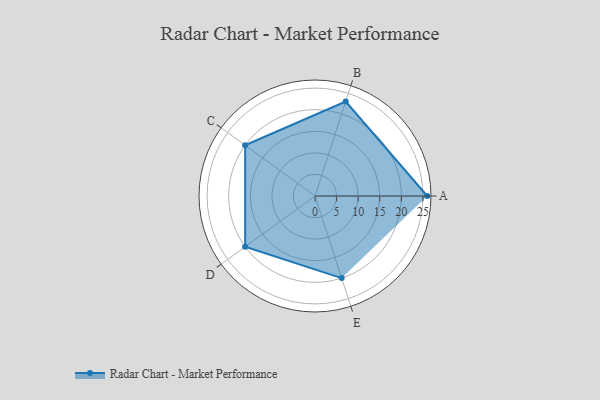
{"axis": {"x": "Skill", "y": "Score"}, "legend": ["Profile"], "data": [{"x": "A", "y": 26.0, "type": "Profile"}, {"x": "B", "y": 23.0, "type": "Profile"}, {"x": "C", "y": 20.0, "type": "Profile"}, {"x": "D", "y": 20, "type": "Profile"}, {"x": "E", "y": 20, "type": "Profile"}]}